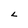
Character: L